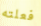
فعلته